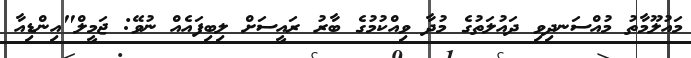
މައުލޫމާތު މުއްސަނދިވި ދައުލަތުގެ މުދާ ވިއްކުމުގެ ބާރު ރައީސަށް ލިބިފައެއް ނުވޭ: ޖަމީލް"އިންޑިއާ